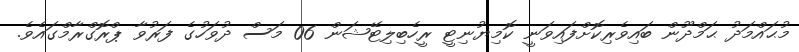
މުޙައްމަދު ޙަމްދޫން ބައިވެރިކޮށްފައިވަނީ ކޮމިޔުނިޓީ ރީހެބިލިޓޭޝަން 06 މަސް ދުވަހުގެ ފަރުވާ ޕްރޮގްރާމްގައެވެ.